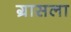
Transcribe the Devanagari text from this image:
ग्रासला